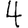
Digit: 4